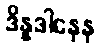
ဒိန္နဒါနေန